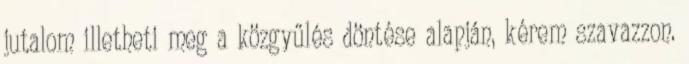
jutalom illetheti meg a közgyűlés döntése alapján, kérem szavazzon.